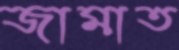
জামাত